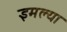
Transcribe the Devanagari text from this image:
इमल्या